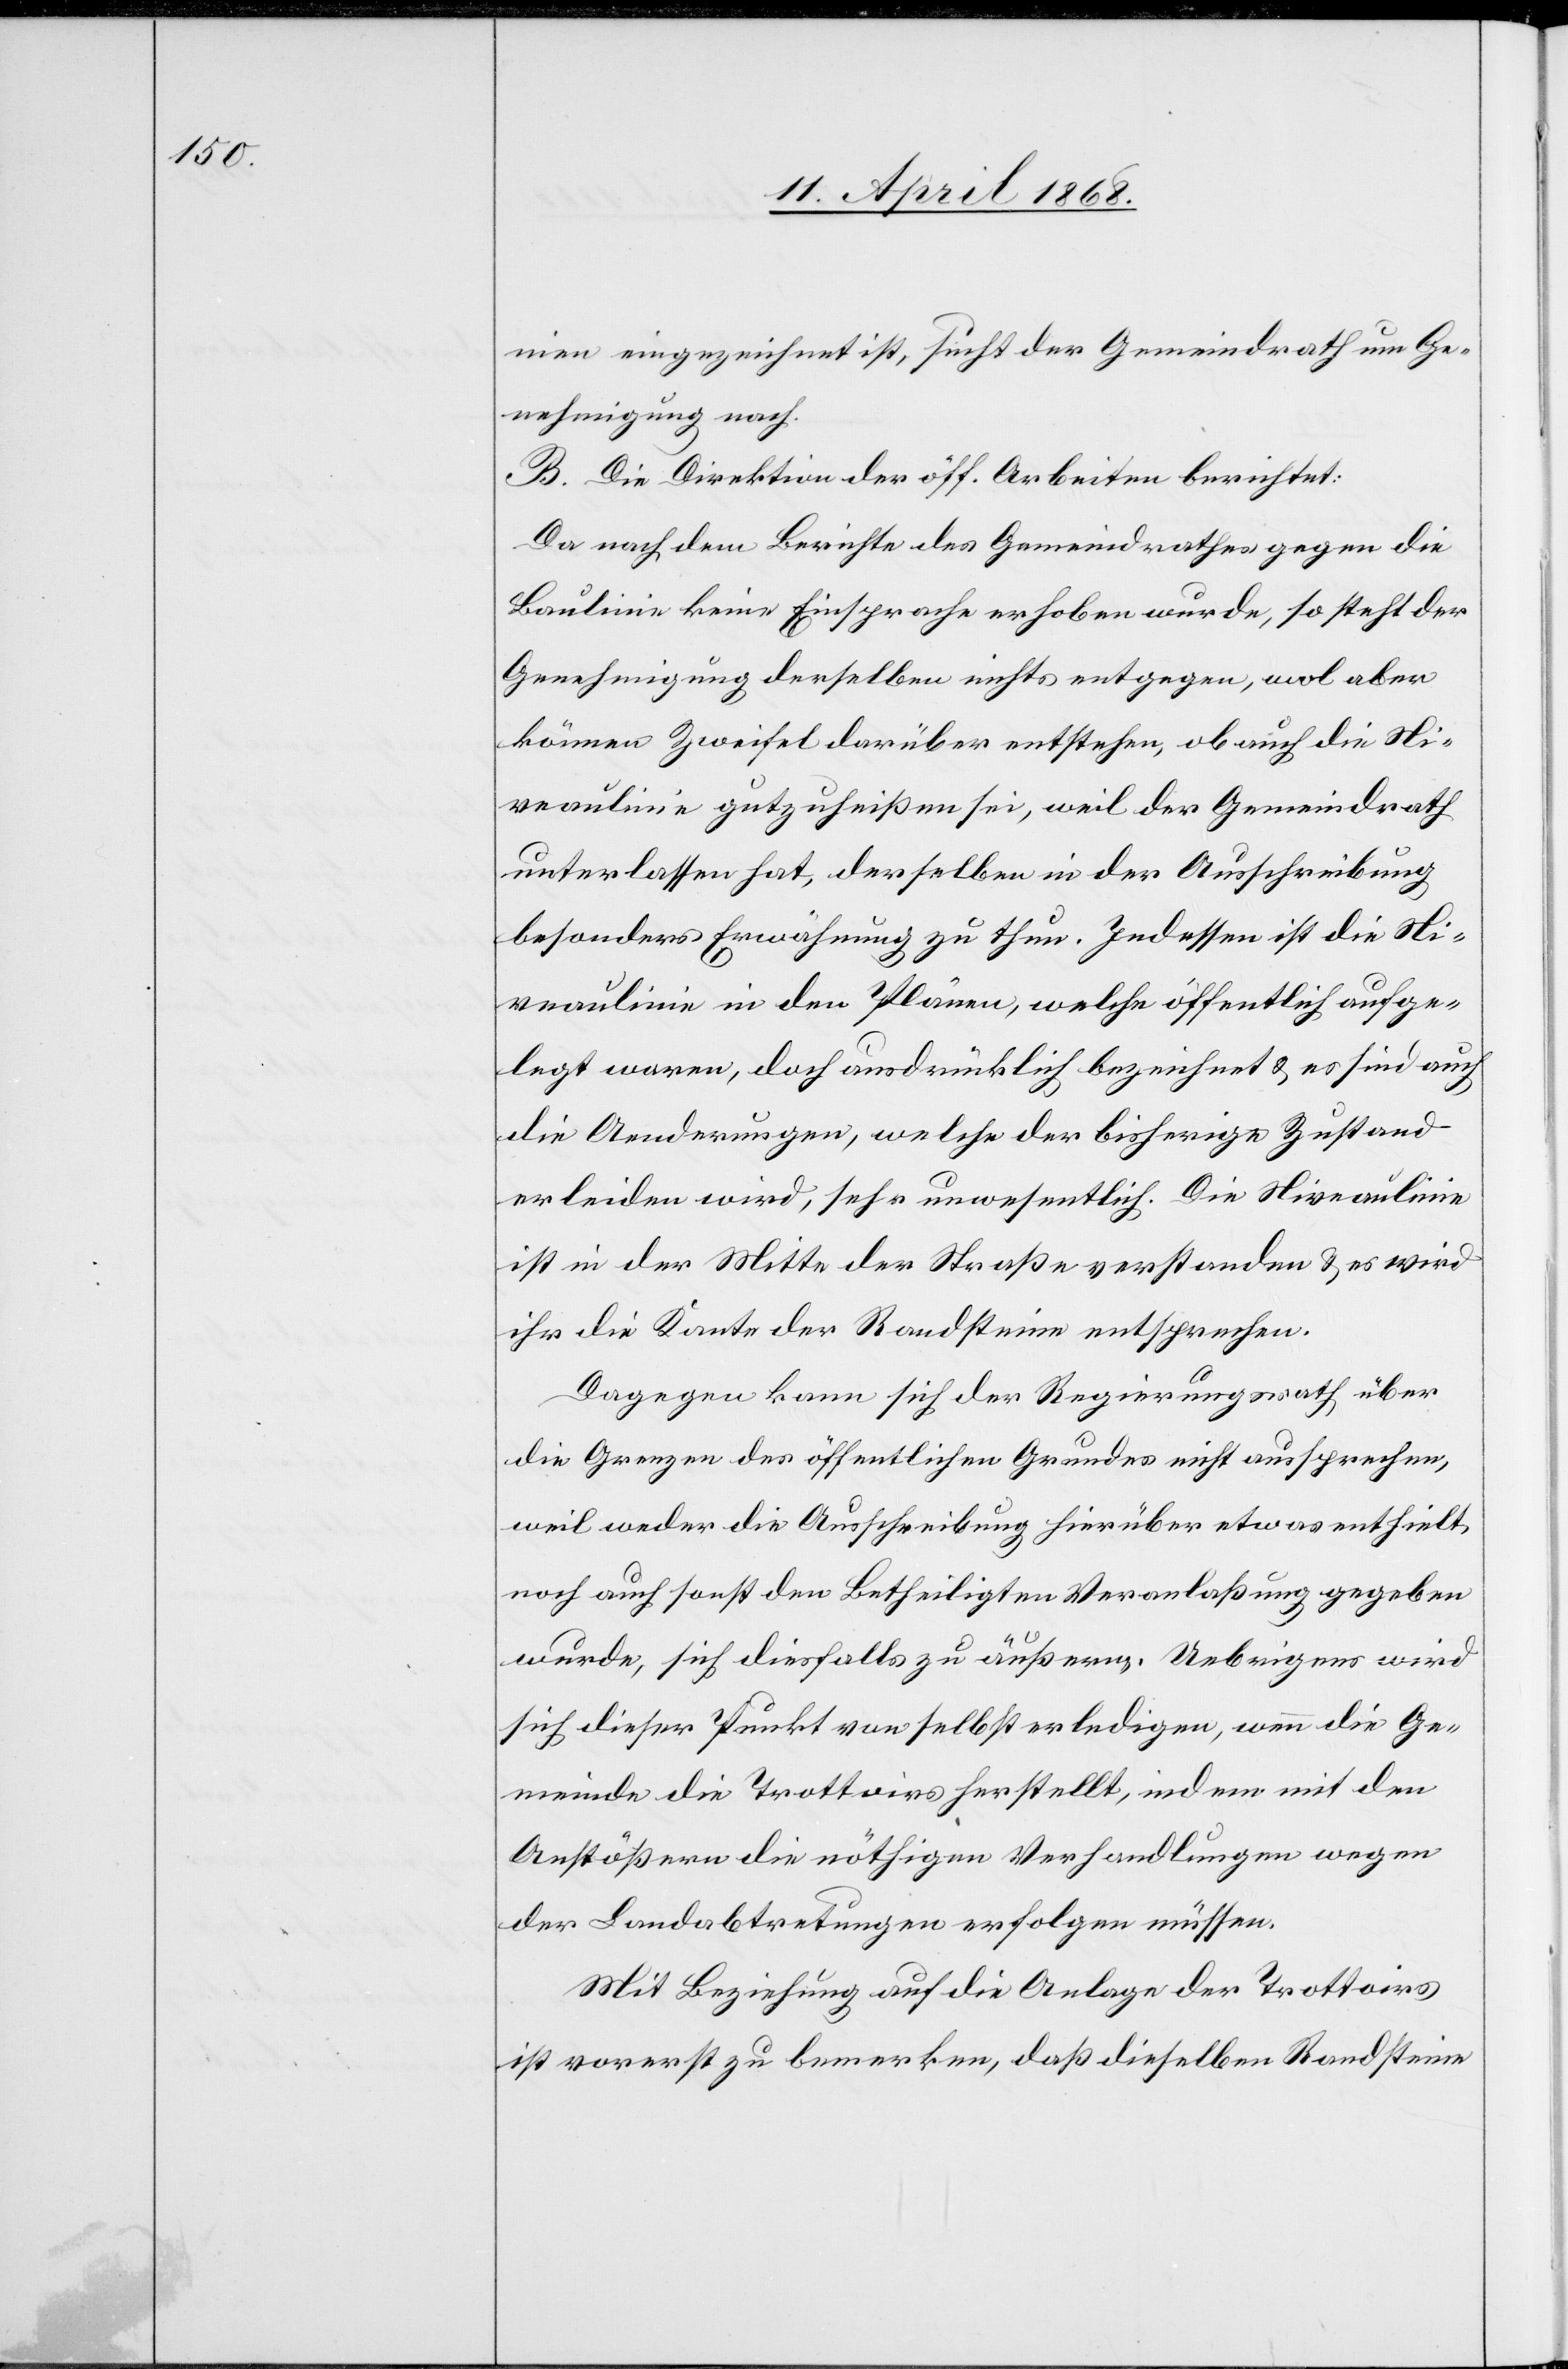
nien eingezeichnet ist, sucht der Gemeindrath um Ge¬
nehmigung nach.
B. Die Direktion der öff. Arbeiten berichtet:
Da nach dem Berichte des Gemeindrathes gegen die
Baulinie keine Einsprache erhoben wurde, so steht der
Genehmigung derselben nichts entgegen, wol aber
können Zweifel darüber entstehen, ob auch die Ni¬
veaulinie gutzuheißen sei, weil der Gemeindrath
unterlassen hat, derselben in der Ausschreibung
besonders Erwähnung zu thun. Indessen ist die Ni¬
veaulinie in den Plänen, welche öffentlich aufge¬
legt waren, doch ausdrücklich bezeichnet & es sind auch
die Aenderungen, welche der bisherige Zustand
erleiden wird, sehr unwesentlich. Die Niveaulinie
ist in der Mitte der Straße verstanden & es wird
ihr die Kante der Randsteine entsprechen.
Dagegen kann sich der Regierungsrath über
die Grenzen des öffentlichen Grundes nicht aussprechen,
weil weder die Ausschreibung hierüber etwas enthielt
noch auch sonst den Betheiligten Veranlaßung gegeben
wurde, sich diesfalls zu äußern. Uebrigens wird
sich dieser Punkt von selbst erledigen, wenn die Ge¬
meinde die Trottoirs herstellt, indem mit den
Anstößern die nöthigen Verhandlungen wegen
der Landabtretungen erfolgen müssen.
Mit Beziehung auf die Anlage der Trottoirs
ist vorerst zu bemerken, daß dieselben Randsteine